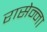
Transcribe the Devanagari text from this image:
रासेन्ना